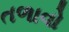
તળાવો